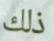
ذلك